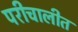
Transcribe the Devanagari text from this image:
परीचालीत